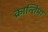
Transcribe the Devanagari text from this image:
क्रान्तिमा